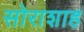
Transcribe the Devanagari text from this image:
सोराशाह